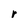
Character: r